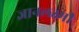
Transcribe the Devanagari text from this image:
ज्ञानलक्ष्मी